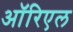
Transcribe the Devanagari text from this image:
ऑरिएल